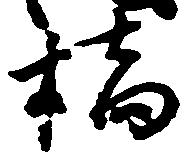
橋